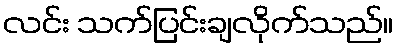
လင်း သက်ပြင်းချလိုက်သည်။